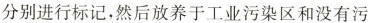
分别进行标记，然后放养于工业污染区和没有污